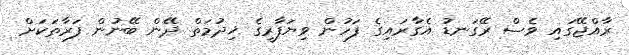
ރާއްޖޭގައި ވެސް ރޭގަނޑު އެގާރައިގެ ފަހުން ވިޔަފާރީގެ ޚިދުމަތް ދޭން ބޭނުން ފަރާތަކަށް